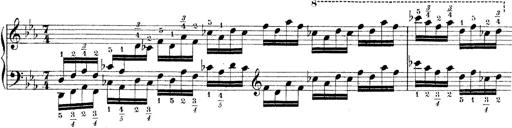
Title: Technische Studien
Composer: Franz Liszt